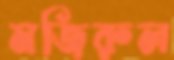
মজিরুল